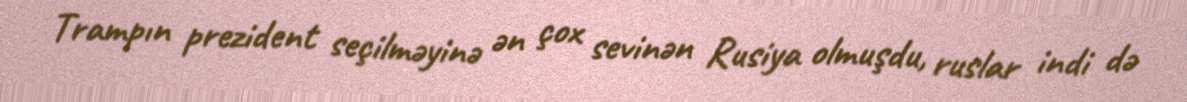
Trampın prezident seçilməyinə ən çox sevinən Rusiya olmuşdu, ruslar indi də